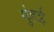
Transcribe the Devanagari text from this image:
गुंडई